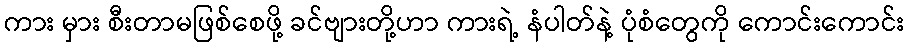
ကား မှား စီးတာမဖြစ်စေဖို့ ခင်ဗျားတို့ဟာ ကားရဲ့ နံပါတ်နဲ့ ပုံစံတွေကို ကောင်းကောင်း